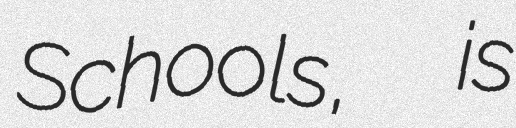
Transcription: Schools,  is